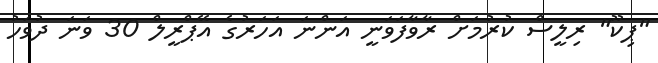
"ޕިކޫ" ރިލީސް ކުރުމަށް ރާވާފަވަނީ އަންނަ އަހަރުގެ އޭޕްރީލް 30 ވަނަ ދުވަހު